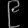
Digit: ၉